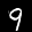
Label: 9